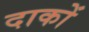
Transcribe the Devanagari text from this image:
दाकों